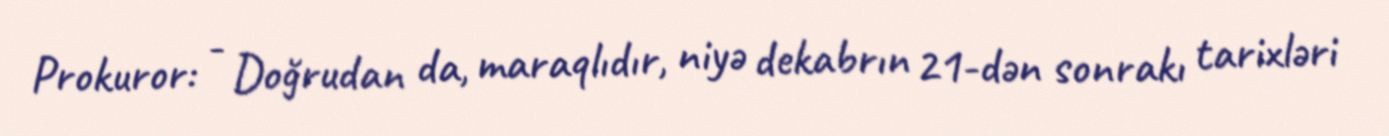
Prokuror: - Doğrudan da, maraqlıdır, niyə dekabrın 21-dən sonrakı tarixləri